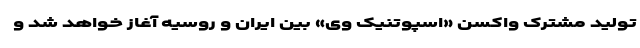
تولید مشترک واکسن «اسپوتنیک وی» بین ایران و روسیه آغاز خواهد شد و